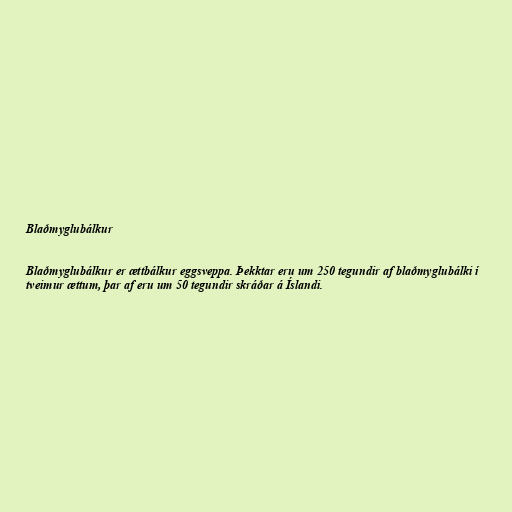
Blaðmyglubálkur

Blaðmyglubálkur er ættbálkur eggsveppa. Þekktar eru um 250 tegundir af blaðmyglubálki í
tveimur ættum, þar af eru um 50 tegundir skráðar á Íslandi.